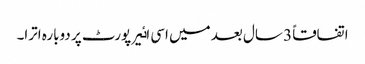
اتفاقاً 3 سال بعد میں اسی اٸیر پورٹ پر دوبارہ اترا۔